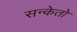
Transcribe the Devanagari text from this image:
सन्केतो